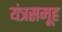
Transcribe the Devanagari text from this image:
यंत्रसमूह